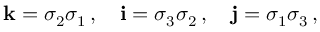
\mathbf { k } = \sigma _ { 2 } \sigma _ { 1 } \, , \quad \mathbf { i } = \sigma _ { 3 } \sigma _ { 2 } \, , \quad \mathbf { j } = \sigma _ { 1 } \sigma _ { 3 } \, ,